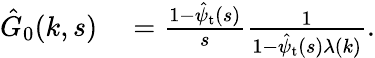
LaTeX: \begin{array}{rl}{\hat{G}_{0}(k,s)}&{{}=\frac{1-\hat{\psi}_{\mathrm{t}}(s)}{s}\frac{1}{1-\hat{\psi}_{\mathrm{t}}(s)\lambda(k)}.}\end{array}